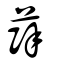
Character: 辥